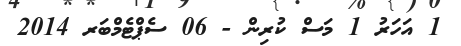
1 އަހަރު 1 މަސް ކުރިން - 06 ސެޕްޓެމްބަރ 2014